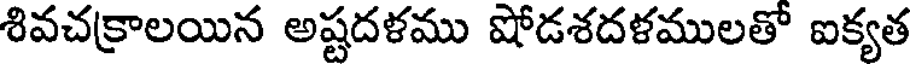
శివచక్రాలయిన అష్టదళము షోడశదళములతో ఐక్యత